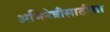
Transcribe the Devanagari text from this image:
अभिनेत्रीसाठीचा